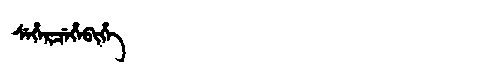
Manchu: ᠰᡝᡥᡝᡵᠴᡝᡥᡝᠪᡳᡥᡝ
Romanization: SEHERCEHEBIHE